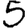
Digit: 5